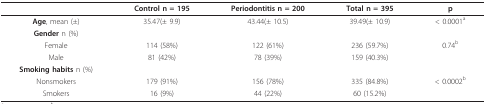
<table><thead><tr><td></td><td><b>Control n = 195</b></td><td><b>Periodontitis n = 200</b></td><td><b>Total n = 395</b></td><td><b>p</b></td></tr></thead><tbody><tr><td><b>Age</b>, mean (±)</td><td>35.47(± 9.9)</td><td>43.44(± 10.5)</td><td>39.49(± 10.9)</td><td>&lt; 0.0001<sup>a</sup></td></tr><tr><td><b>Gender </b>n (%)</td><td></td><td></td><td></td><td></td></tr><tr><td>Female</td><td>114 (58%)</td><td>122 (61%)</td><td>236 (59.7%)</td><td>0.74<sup>b</sup></td></tr><tr><td>Male</td><td>81 (42%)</td><td>78 (39%)</td><td>159 (40.3%)</td><td></td></tr><tr><td><b>Smoking habits </b>n (%)</td><td></td><td></td><td></td><td></td></tr><tr><td>Nonsmokers</td><td>179 (91%)</td><td>156 (78%)</td><td>335 (84.8%)</td><td>&lt; 0.0002<sup>b</sup></td></tr><tr><td>Smokers</td><td>16 (9%)</td><td>44 (22%)</td><td>60 (15.2%)</td><td></td></tr></tbody></table>